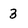
Character: 3